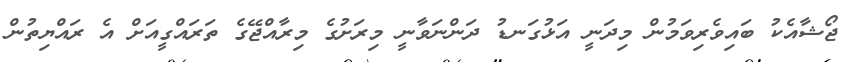
ޖޯޝާއެކު ބައިވެރިވަމުން މިދަނީ އަޅުގަނޑު ދަންނަވާނީ މިރަށުގެ މިރާއްޖޭގެ ތަރައްގީއަށް އެ ރައްޔިތުން